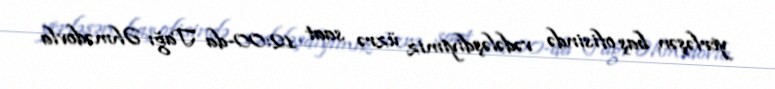
yerləşən baş ofisində vədələşdiyimiz üzrə saat 12:00-da Tağı Əhmədovla